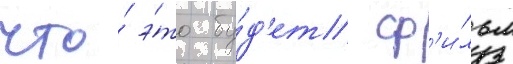
что́ э́то бу́д'ет ф'и́льм